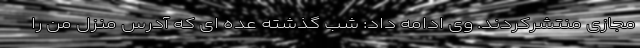
مجازی منتشرکردند. وی ادامه داد: شب گذشته عده ای که آدرس منزل من را